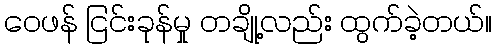
ဝေဖန် ငြင်းခုန်မှု တချို့လည်း ထွက်ခဲ့တယ်။